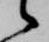
候